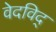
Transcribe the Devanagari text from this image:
वेदविद्